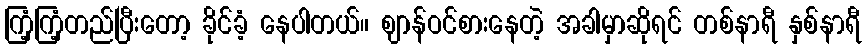
ကြံ့ကြံ့တည်ပြီးတော့ ခိုင်ခံ့ နေပါတယ်။ ဈာန်ဝင်စားနေတဲ့ အခါမှာဆိုရင် တစ်နာရီ နှစ်နာရီ